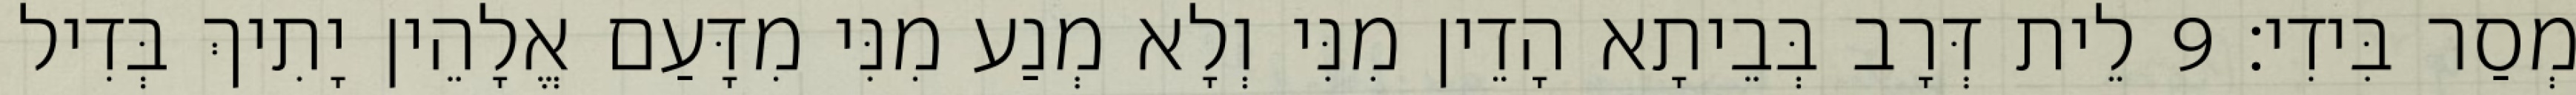
מְסַר בִּידִי׃ 9 לֵית דְּרָב בְּבֵיתָא הָדֵין מִנִּי וְלָא מְנַע מִנִּי מִדָּעַם אֱלָהֵין יָתִיךְ בְּדִיל